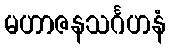
မဟာဇနသင်္ဂဟနံ